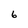
Character: 6